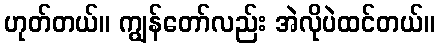
ဟုတ်တယ်။ ကျွန်တော်လည်း အဲလိုပဲထင်တယ်။